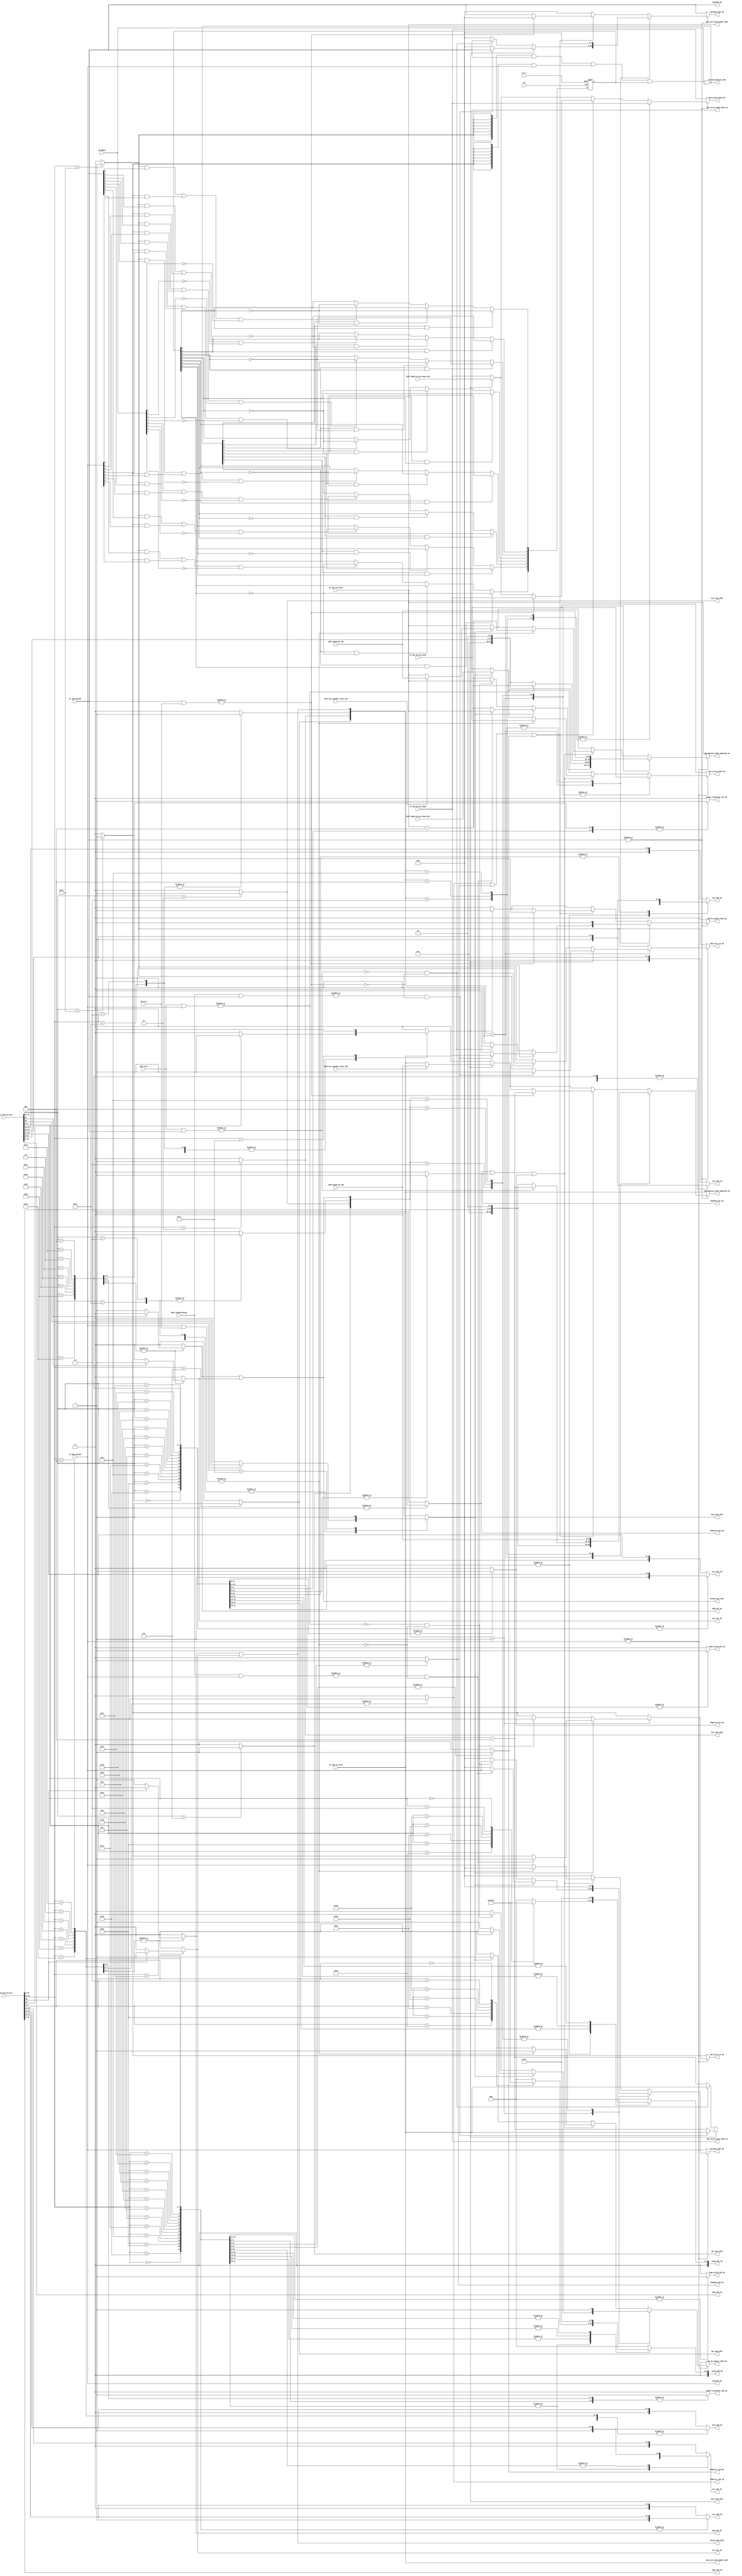
`timescale 1ns/100ps
module Decode(
    input clk,
    input rst_n,//used for generating Warp release signal
    //interface with IF stage
    input [31:0] IF_ID0_Instruction,
    input  [31:0] IF_ID1_Instruction,
    input [7:0] IF_ID0_Active_Mask,
    input [7:0] IF_ID1_Active_Mask,
    input [7:0] IF_ID0_WarpID,
    input [7:0] IF_ID1_WarpID,
    input [31:0] IF_ID0_PC_Plus4,
    input [31:0] IF_ID1_PC_Plus4,
    ///////////////////
    //interface with I-buffer
    input [7:0] IB_Full, //if the signal is 1, it means the i-buffer only has one free location
    input [7:0] IB_Empty,
    //these two signals is selected by I-buffer according to the warp id of the instruction in ID stage currently
    ////////////
	output reg [5:0] Src1_ID0_IB, //rs regsiter address
	output reg [5:0] Src1_ID1_IB,
	output reg [5:0] Src2_ID0_IB,//rt regsiter address
	output reg [5:0] Src2_ID1_IB,
	output reg [5:0] Dst_ID0_IB,//rt/rd register address
	output reg [5:0] Dst_ID1_IB,
	output [15:0] Imme_ID0_IB, //immediate address
	output [15:0] Imme_ID1_IB,
	output reg RegWrite_ID0_IB,//similar signals in pipelined cpu
	output reg RegWrite_ID1_IB,
	output reg MemWrite_ID0_IB,
	output reg MemWrite_ID1_IB,
	output reg MemRead_ID0_IB,//besides using this signal to access the data cache, this signal is also used to select the correct result to write into register file
	output reg MemRead_ID1_IB,
	output reg [3:0] ALUop_ID0_IB,
	output reg [3:0] ALUop_ID1_IB,
	output reg Share_Globalbar_ID0_IB,//indicate the type of lw, sw instruction, the local memory can be accessed by all threads and threads block, the global memory is used to exchange the data between GPU and CPU
	output reg Share_Globalbar_ID1_IB,
	output reg Imme_Valid_ID0_IB,//used to indicate current instruction is a immediate type
	output reg Imme_Valid_ID1_IB,
    output reg BEQ_ID0_IB,
    output reg BEQ_ID1_IB,
    output reg BLT_ID0_IB,
    output reg BLT_ID1_IB,
    //interfacee with SIMT
    input [7:0] SIMT_Full,
    input [7:0] SIMT_TwoMoreVacant,//two-free location will be used when current instruction in ID is a branch.s
    ////////////////////////////
    //the program counter value sent from SIMT when current instruction is return or .s 
    input [31:0] SIMT_Poped_PC_ID0,
    input [31:0] SIMT_Poped_PC_ID1,
    input [7:0] SIMT_Poped_Active_Mask_ID0,
    input [7:0] SIMT_Poped_Active_Mask_ID1,
    output reg [7:0] ID0_Active_Mask_SIMT_IB,//NOTE: the active mask send back to WS has to be seperated from IB when DIV token is poped out from SIMT 
    output reg [7:0] ID1_Active_Mask_SIMT_IB,//The active mask for IB is current instruction's active mask, but the one for WS the the active mask poped out from SIMT
	output reg DotS_ID0_SIMT,
	output reg DotS_ID1_SIMT,
    input SIMT_Div_SyncBar_Token_ID0,//indicate the token popped out from the SIMT is a sync token or div token
    input SIMT_Div_SyncBar_Token_ID1,//to make sure the warp scheduler's pc updated value
    //NOTE:
    //the .s signal is not needed by I-buffer, since the only use of .s for i-buffer is to indicate a branch.s
    //however, for a normal branch signal, the software has to make sure that the divergence should never happen, otherwise, the program failed
    //for a branch.s we can gather the taken result of each thread to judge if it is a branch.s
    //if no divergence occurs, even if the branch is .s, it will not add div token into SIMT, if divergence occurs, the branch must be .s type
	output reg Call_ID0_SIMT,
	output reg Call_ID1_SIMT,
	output reg Ret_ID0_SIMT,
	output reg Ret_ID1_SIMT,
	output Branch_ID0_SIMT,//only needed by SIMT
	output Branch_ID1_SIMT,
    //All above instructions will cause the pop and push operation of the SIMT stack
    ////////////////////////////////////////////////////////////
    ////////////////////////////////////////////////////////////
    //Interface with Warp Scheduler
    output [7:0] ID_Warp_Release_RAU,
    //////////////////////////////////////////////////////////
    //NOTE: the pc+4 which is used to calculate the branch target address is stored in SIMT instead of I-buffer, so that we can avoid the movement of 32bit pc from Ibuffer to operand collector
    //conversely, we store the entry of SIMT where the pc+4 is stored into the instruction buffer, when the instruction comes into ALu, it can fetch out the pc value from SIMT
    //to calculate the target address
    output reg [31:0] ID0_PCplus4_SIMT_UpdatePC_WS,//the pc+4 is use for branch to store pc+4
	output reg [31:0] ID1_PCplus4_SIMT_UpdatePC_WS,
    output reg [31:0] ID0_Call_ReturnAddr_SIMT,//if current instruction is a call, besides updating the pc value to target address, it has push the return address into SIMT, so we need another pin
    output reg [31:0] ID1_Call_ReturnAddr_SIMT,
    //the pc value used for update WS and SIMT share the same pin, since these two things will never happen at the same time
    ////////////////////////////////////////////////////////////////////
    output reg [7:0] ID0_Active_Mask_WS,//this active mask will send to SIMT, IB WS at the same time
    output reg ID0_PC_Update_SIMT_WS,
    output reg ID0_Stall_PC_WS,
    output reg [7:0] WarpID0_SIMT_IB,//WARP ID FOR IB and SIMT
    output [7:0] WarpID0_WS,//the warp ID signal going to I-buffer, Warp scheduler and SIMT
    //second decode unit
    output reg ID1_PC_Update_SIMT_WS,
    output reg [7:0] ID1_Active_Mask_WS,
    output reg ID1_Stall_PC_WS,
    output reg [7:0] WarpID1_SIMT_IB,
    output[7:0] WarpID1_WS
);
    //combinational module
    //its input register is the output register of instruction bram
    ////////////////////////////////////////////////////////
    //Note: for normal branch instruction, it should also stall the pc and let the warp shcheduler wait for the target address, so that it can also allocate a SIMT etry to store the pc+4
    //and release the entry when it comes out from the ALU
    //so if the branch arrives at the ID stage, the SIMT will never be full, the SIMT at least has one free location,
    //in this case, if the SIMT is full after the branch enter the SIMT, it will just activate the stall signal without update signal. not like other structure hazard,
    //since the update value of pc should be the target address
    /////////////////////////////////////////////////////////////////////////
    //NOTE: In ID stage, there is no flush mechanism, since there are two kind of situation to cause a stalling in Warp schedule and flush some junior instruction
    //1. branch in ID, structural hazard after instruction in ID enters into I-buffer or SIMT
    //so in above cases, we don't need to flush the instruction in ID stage
    //and when Branch comes out from WB, since the pc of the warp to which the branch instruction belongs is still locked
    //it is impossible that an intruction in the ID stage with the same warp ID should be flushed
    /////////////////////////////////////////////////////////////////////////
    wire [5:0] Funct_ID0=IF_ID0_Instruction[5:0];
    wire [5:0] Funct_ID1=IF_ID1_Instruction[5:0];
    wire [5:0] Opcode_ID0=IF_ID0_Instruction[31:26];
    wire [5:0] Opcode_ID1=IF_ID1_Instruction[31:26];
    wire [31:0] Jmp_Call_Target_Addr_ID0={2'b00,IF_ID0_Instruction[25:0],2'b00};
    wire [31:0] Jmp_Call_Target_Addr_ID1={2'b00,IF_ID1_Instruction[25:0],2'b00};
    //////////////////////////////////////////////////////////////////////////
    reg Jmp_ID0, Jmp_ID1;
    //NOTE: The EXIT signal is not needed to be transmitted to WS anymore, since we use the ID_ReleaseWarp_WS_RAU signal
    //to notify the WS to release a hw warp
    reg EXIT_ID0_WS, EXIT_ID1_WS;
    //output signal of ID0
    assign Imme_ID0_IB = IF_ID0_Instruction[15:0];
    assign Branch_ID0_SIMT = BEQ_ID0_IB||BLT_ID0_IB;
    assign WarpID0_WS=IF_ID0_WarpID;
    //output signal of ID1
    assign Imme_ID1_IB = IF_ID1_Instruction[15:0];
    assign Branch_ID1_SIMT = BEQ_ID1_IB||BLT_ID1_IB;
    assign WarpID1_WS=IF_ID1_WarpID;
    /////////////////////////////////////
    wire IB_ID0_Full,IB_ID1_Full;//these signals is used to generate structural hazard stall signal,
    assign IB_ID0_Full=|(IF_ID0_WarpID&IB_Full);
    assign IB_ID1_Full=|(IF_ID1_WarpID&IB_Full);
    /////////////////////////////////////
    wire SIMT_ID0_Full, SIMT_ID0_TwoMoreVacant,SIMT_ID1_Full,SIMT_ID1_TwoMoreVacant;
    assign SIMT_ID0_Full=|(SIMT_Full&IF_ID0_WarpID);
    assign SIMT_ID1_Full=|(SIMT_Full&IF_ID1_WarpID);
    assign SIMT_ID0_TwoMoreVacant=|(SIMT_TwoMoreVacant&IF_ID0_WarpID);
    assign SIMT_ID1_TwoMoreVacant=|(SIMT_TwoMoreVacant&IF_ID1_WarpID);
    //////////////////////////////////////////////////
    //flag registers used for starting scheduling a new sw warp
    reg [7:0] Warp_Done_Reg;
    assign ID_Warp_Release_RAU=({8{EXIT_ID0_WS}}&IF_ID0_WarpID|{8{EXIT_ID1_WS}}&IF_ID1_WarpID|Warp_Done_Reg)&IB_Empty;
    //
    integer i;
    always@(posedge clk, negedge rst_n)begin
        if(!rst_n)begin
            Warp_Done_Reg<='b0;
        end else begin
            //when Warp_Done signal is 1 in ID stage, if currently coresponding IB is not empty yet,
            //the flag register should be set to 1, ohterwise it keeps as 0
            for(i=0;i<8;i=i+1)begin
                if((EXIT_ID0_WS&&IF_ID0_WarpID[i]||EXIT_ID1_WS&&IF_ID1_WarpID[i])&&!IB_Empty[i])begin
                    Warp_Done_Reg[i]<=!Warp_Done_Reg[i];
                end
                //if current release of  a warp is caused by the corresponding bit in Warp_Done_Reg, then this bit should be reset to 0 at the next clock
            //however, if the release is casued by current instruction in ID stage, then the corresponding bit of Warp_Done_Reg should keep 0
            //the RAU will record and determine which warp can be released , so the release signal in ID stage can only be activated by one clock
                if(ID_Warp_Release_RAU[i]&&Warp_Done_Reg[i])begin
                    Warp_Done_Reg[i]<=!Warp_Done_Reg[i];
                end else if(ID_Warp_Release_RAU[i]&&!Warp_Done_Reg[i]) begin
                    Warp_Done_Reg[i]<=Warp_Done_Reg[i];
                end
            end
            
        end
    end
    ////////////////////////////////////
    always@(*)begin
        Src1_ID0_IB = {1'b0,IF_ID0_Instruction[25:21]};
        Src2_ID0_IB = {1'b0,IF_ID0_Instruction[20:16]};
        Dst_ID0_IB  = {1'b0,IF_ID0_Instruction[15:11]};
        Src1_ID1_IB = {1'b0,IF_ID1_Instruction[25:21]};
        Src2_ID1_IB = {1'b0,IF_ID1_Instruction[20:16]};
        Dst_ID1_IB  = {1'b0,IF_ID1_Instruction[15:11]};
        RegWrite_ID0_IB='b0;
	    RegWrite_ID1_IB='b0;
	    MemWrite_ID0_IB='b0;
	    MemWrite_ID1_IB='b0;
	    MemRead_ID0_IB='b0;
	    MemRead_ID1_IB='b0;
	    ALUop_ID0_IB='b0;
	    ALUop_ID1_IB='b0;
	    Share_Globalbar_ID0_IB='b0;//indicate the type of lw, sw instruction, the local memory can be accessed by all threads and threads block, the global memory is used to exchange the data between GPU and CPU
	    Share_Globalbar_ID1_IB='b0;
	    Imme_Valid_ID0_IB='b0;//used to indicate current instruction is a immediate type
	    Imme_Valid_ID1_IB='b0;
        DotS_ID0_SIMT='b0;
        DotS_ID1_SIMT='b0;
        BEQ_ID0_IB='b0;
        BEQ_ID1_IB='b0;
        BLT_ID0_IB='b0;
        BLT_ID1_IB='b0;
        Call_ID0_SIMT='b0;
	    Call_ID1_SIMT='b0;
	    Ret_ID0_SIMT='b0;
	    Ret_ID1_SIMT='b0;
        EXIT_ID0_WS='b0;
        EXIT_ID1_WS='b0;
        Jmp_ID0=1'b0;
        Jmp_ID1=1'b0;
        case(Opcode_ID0)
            6'b000_000, 6'b010_000:begin //r_type
                Src1_ID0_IB = {1'b1,IF_ID0_Instruction[25:21]};
                Src2_ID0_IB = {1'b1,IF_ID0_Instruction[20:16]};
                Dst_ID0_IB  = {1'b1,IF_ID0_Instruction[15:11]};
                RegWrite_ID0_IB=1'b1;
                if(Opcode_ID0[4]) DotS_ID0_SIMT=1'b1;
                case(Funct_ID0)
                    6'b100_000: ALUop_ID0_IB=4'b0000;//add
                    6'b100_010: ALUop_ID0_IB=4'b0001;//sub
                    6'b011_000: ALUop_ID0_IB=4'b0010;//mul
                    6'b100_100: ALUop_ID0_IB=4'b0011;//and
                    6'b100_101: ALUop_ID0_IB=4'b0100;//or
                    6'b100_110: ALUop_ID0_IB=4'b0101;//xor
                    6'b000_010: ALUop_ID0_IB=4'b0110;//shr
                    6'b000_000: ALUop_ID0_IB=4'b0111;//shl
                endcase
            end
            6'b001_000, 6'b011_000:begin//addi
                Src1_ID0_IB = {1'b1,IF_ID0_Instruction[25:21]};
                Src2_ID0_IB = {1'b0,IF_ID0_Instruction[20:16]};
                Dst_ID0_IB  = {1'b1,IF_ID0_Instruction[20:16]};
                RegWrite_ID0_IB=1'b1;
                ALUop_ID0_IB=4'b0000;
                if(Opcode_ID0[4]) DotS_ID0_SIMT=1'b1;
                Imme_Valid_ID0_IB=1'b1;
            end
            6'b001_100, 6'b011_100:begin//andi
                Src1_ID0_IB = {1'b1,IF_ID0_Instruction[25:21]};
                Src2_ID0_IB = {1'b0,IF_ID0_Instruction[20:16]};
                Dst_ID0_IB  = {1'b1,IF_ID0_Instruction[20:16]};
                RegWrite_ID0_IB=1'b1;
                ALUop_ID0_IB=4'b0011;
                if(Opcode_ID0[4]) DotS_ID0_SIMT=1'b1;
                Imme_Valid_ID0_IB=1'b1;
            end
            6'b001_101, 6'b011_101:begin//ori
                Src1_ID0_IB = {1'b1,IF_ID0_Instruction[25:21]};
                Src2_ID0_IB = {1'b0,IF_ID0_Instruction[20:16]};
                Dst_ID0_IB  = {1'b1,IF_ID0_Instruction[20:16]};
                RegWrite_ID0_IB=1'b1;
                ALUop_ID0_IB=4'b0100;
                if(Opcode_ID0[4]) DotS_ID0_SIMT=1'b1;
                Imme_Valid_ID0_IB=1'b1;
            end
            6'b001_110, 6'b011_110:begin//xori
                Src1_ID0_IB = {1'b1,IF_ID0_Instruction[25:21]};
                Src2_ID0_IB = {1'b0,IF_ID0_Instruction[20:16]};
                Dst_ID0_IB  = {1'b1,IF_ID0_Instruction[20:16]};
                RegWrite_ID0_IB=1'b1;
                ALUop_ID0_IB=4'b0101;
                if(Opcode_ID0[4]) DotS_ID0_SIMT=1'b1;
                Imme_Valid_ID0_IB=1'b1;
            end
            6'b100_011, 6'b110_011:begin//lw access global memory through data cache
                Src1_ID0_IB = {1'b1,IF_ID0_Instruction[25:21]};
                Src2_ID0_IB = {1'b0,IF_ID0_Instruction[20:16]};
                Dst_ID0_IB  = {1'b1,IF_ID0_Instruction[20:16]};
                RegWrite_ID0_IB=1'b1;
                MemRead_ID0_IB=1'b1;
                if(Opcode_ID0[4]) DotS_ID0_SIMT=1'b1;
            end
            6'b100_111, 6'b110_111:begin//LWS
                Src1_ID0_IB = {1'b1,IF_ID0_Instruction[25:21]};
                Src2_ID0_IB = {1'b0,IF_ID0_Instruction[20:16]};
                Dst_ID0_IB  = {1'b1,IF_ID0_Instruction[20:16]};
                RegWrite_ID0_IB=1'b1;
                MemRead_ID0_IB=1'b1;
                if(Opcode_ID0[4]) DotS_ID0_SIMT=1'b1;
                Share_Globalbar_ID0_IB=1'b1; //access the share memory, namely on-chip memory
            end
            6'b101_011, 6'b111_011:begin//sw access global memory through data cache
                Src1_ID0_IB = {1'b1,IF_ID0_Instruction[25:21]};
                Src2_ID0_IB = {1'b1,IF_ID0_Instruction[20:16]};
                Dst_ID0_IB  = {1'b0,IF_ID0_Instruction[15:11]};
                MemWrite_ID0_IB=1'b1;
                if(Opcode_ID0[4]) DotS_ID0_SIMT=1'b1;
            end
            6'b101_111, 6'b111_111:begin//SWS
                Src1_ID0_IB = {1'b1,IF_ID0_Instruction[25:21]};
                Src2_ID0_IB = {1'b1,IF_ID0_Instruction[20:16]};
                Dst_ID0_IB  = {1'b0,IF_ID0_Instruction[15:11]};
                MemWrite_ID0_IB=1'b1;
                if(Opcode_ID0[4]) DotS_ID0_SIMT=1'b1;
                Share_Globalbar_ID0_IB=1'b1;
            end
            6'b000_100, 6'b010_100, 6'b000_111, 6'b010_111:begin//branch instruction
                Src1_ID0_IB = {1'b1,IF_ID0_Instruction[25:21]};
                Src2_ID0_IB = {1'b1,IF_ID0_Instruction[20:16]};
                Dst_ID0_IB  = {1'b0,IF_ID0_Instruction[15:11]};
                if(Opcode_ID0[0]) BLT_ID0_IB=1'b1;
                else BEQ_ID0_IB=1'b1;
                //
                if(Opcode_ID0[4])  DotS_ID0_SIMT=1'b1;
            end
            6'b000_010, 6'b010_010: begin//jmp
                Jmp_ID0=1'b1;
                //
                if(Opcode_ID0[4])  DotS_ID0_SIMT=1'b1;
            end
            6'b000_011: Call_ID0_SIMT=1'b1; 
            6'b000_110: Ret_ID0_SIMT=1'b1;
            6'b010_001: DotS_ID0_SIMT=1'b1;
            6'b100_001: EXIT_ID0_WS=1'b1;
        endcase
        /////////////////
        //ID 1
        case(Opcode_ID1)
            6'b000_000, 6'b010_000:begin //r_type
                Src1_ID1_IB = {1'b1,IF_ID1_Instruction[25:21]};
                Src2_ID1_IB = {1'b1,IF_ID1_Instruction[20:16]};
                Dst_ID1_IB  = {1'b1,IF_ID1_Instruction[15:11]};
                RegWrite_ID1_IB=1'b1;
                if(Opcode_ID1[4]) DotS_ID1_SIMT=1'b1;
                case(Funct_ID1)
                    6'b100_000: ALUop_ID1_IB=4'b0000;//add
                    6'b100_010: ALUop_ID1_IB=4'b0001;//sub
                    6'b011_000: ALUop_ID1_IB=4'b0010;//mul
                    6'b100_100: ALUop_ID1_IB=4'b0011;//and
                    6'b100_101: ALUop_ID1_IB=4'b0100;//or
                    6'b100_110: ALUop_ID1_IB=4'b0101;//xor
                    6'b000_010: ALUop_ID1_IB=4'b0110;//shr
                    6'b000_000: ALUop_ID1_IB=4'b0111;//shl
                endcase
            end
            6'b001_000, 6'b011_000:begin//addi
                Src1_ID1_IB = {1'b1,IF_ID1_Instruction[25:21]};
                Src2_ID1_IB = {1'b0,IF_ID1_Instruction[20:16]};
                Dst_ID1_IB  = {1'b1,IF_ID1_Instruction[20:16]};
                RegWrite_ID1_IB=1'b1;
                ALUop_ID1_IB=4'b0000;
                if(Opcode_ID1[4]) DotS_ID1_SIMT=1'b1;
                Imme_Valid_ID1_IB=1'b1;
            end
            6'b001_100, 6'b011_100:begin//andi
                Src1_ID1_IB = {1'b1,IF_ID1_Instruction[25:21]};
                Src2_ID1_IB = {1'b0,IF_ID1_Instruction[20:16]};
                Dst_ID1_IB  = {1'b1,IF_ID1_Instruction[20:16]};
                RegWrite_ID1_IB=1'b1;
                ALUop_ID1_IB=4'b0011;
                if(Opcode_ID1[4]) DotS_ID1_SIMT=1'b1;
                Imme_Valid_ID1_IB=1'b1;
            end
            6'b001_101, 6'b011_101:begin//ori
                Src1_ID1_IB = {1'b1,IF_ID1_Instruction[25:21]};
                Src2_ID1_IB = {1'b0,IF_ID1_Instruction[20:16]};
                Dst_ID1_IB  = {1'b1,IF_ID1_Instruction[20:16]};
                RegWrite_ID1_IB=1'b1;
                ALUop_ID1_IB=4'b0100;
                if(Opcode_ID1[4]) DotS_ID1_SIMT=1'b1;
                Imme_Valid_ID1_IB=1'b1;
            end
            6'b001_110, 6'b011_110:begin//xori
                Src1_ID1_IB = {1'b1,IF_ID1_Instruction[25:21]};
                Src2_ID1_IB = {1'b0,IF_ID1_Instruction[20:16]};
                Dst_ID1_IB  = {1'b1,IF_ID1_Instruction[20:16]};
                RegWrite_ID1_IB=1'b1;
                ALUop_ID1_IB=4'b0101;
                if(Opcode_ID1[4]) DotS_ID1_SIMT=1'b1;
                Imme_Valid_ID1_IB=1'b1;
            end
            6'b100_011, 6'b110_011:begin//lw
                Src1_ID1_IB = {1'b1,IF_ID1_Instruction[25:21]};
                Src2_ID1_IB = {1'b0,IF_ID1_Instruction[20:16]};
                Dst_ID1_IB  = {1'b1,IF_ID1_Instruction[20:16]};
                RegWrite_ID1_IB=1'b1;
                MemRead_ID1_IB=1'b1;
                if(Opcode_ID1[4]) DotS_ID1_SIMT=1'b1;
            end
            6'b100_111, 6'b110_111:begin//LWS
                Src1_ID1_IB = {1'b1,IF_ID1_Instruction[25:21]};
                Src2_ID1_IB = {1'b0,IF_ID1_Instruction[20:16]};
                Dst_ID1_IB  = {1'b1,IF_ID1_Instruction[20:16]};
                RegWrite_ID1_IB=1'b1;
                MemRead_ID1_IB=1'b1;
                if(Opcode_ID1[4]) DotS_ID1_SIMT=1'b1;
                Share_Globalbar_ID1_IB=1'b1; //access the shared memory, namely data cache
            end
            6'b101_011, 6'b111_011:begin//sw
                Src1_ID1_IB = {1'b1,IF_ID1_Instruction[25:21]};
                Src2_ID1_IB = {1'b1,IF_ID1_Instruction[20:16]};
                Dst_ID1_IB  = {1'b0,IF_ID1_Instruction[15:11]};
                MemWrite_ID1_IB=1'b1;
                if(Opcode_ID1[4]) DotS_ID1_SIMT=1'b1;
            end
            6'b101_111, 6'b111_111:begin//SWS
                Src1_ID1_IB = {1'b1,IF_ID1_Instruction[25:21]};
                Src2_ID1_IB = {1'b1,IF_ID1_Instruction[20:16]};
                Dst_ID1_IB  = {1'b0,IF_ID1_Instruction[15:11]};
                MemWrite_ID1_IB=1'b1;
                if(Opcode_ID1[4]) DotS_ID1_SIMT=1'b1;
                Share_Globalbar_ID1_IB=1'b1;
            end
            6'b000_100, 6'b010_100, 6'b000_111, 6'b010_111:begin//branch instruction
                Src1_ID1_IB = {1'b1,IF_ID1_Instruction[25:21]};
                Src2_ID1_IB = {1'b1,IF_ID1_Instruction[20:16]};
                Dst_ID1_IB  = {1'b0,IF_ID1_Instruction[15:11]};
                if(Opcode_ID1[0]) BLT_ID1_IB=1'b1;
                else BEQ_ID1_IB=1'b1;
                //
                if(Opcode_ID1[4])  DotS_ID1_SIMT=1'b1;
            end
            6'b000_010, 6'b010_010: begin//jmp
                Jmp_ID1=1'b1;
                //
                if(Opcode_ID1[4])  DotS_ID1_SIMT=1'b1;
            end
            6'b000_011: Call_ID1_SIMT=1'b1; 
            6'b000_110: Ret_ID1_SIMT=1'b1;
            6'b010_001: DotS_ID1_SIMT=1'b1;
            6'b100_001: EXIT_ID1_WS=1'b1;
        endcase

    end
    ///////////////////////////////////////////////////////////////
    //combinaitonal logic for generating stall, update signal
    always@(*)begin
        WarpID0_SIMT_IB=IF_ID0_WarpID;
        WarpID1_SIMT_IB=IF_ID1_WarpID;
        //when ID update occurs, it means structural hazard happens, so we should make the warp ID for SIMT and IB to all zeros
        //and keep the warp ID for WS to update the pc of corresponding Warp
        ///////////////////////////////////
        ID0_PCplus4_SIMT_UpdatePC_WS=IF_ID0_PC_Plus4;
        ID1_PCplus4_SIMT_UpdatePC_WS=IF_ID1_PC_Plus4;
        ID0_PC_Update_SIMT_WS='b0;
        ID0_Stall_PC_WS=EXIT_ID0_WS;//by default, if the isntruction in ID is a exit instruction, then activate the stall signal
        //so that the request to priority resolver will be set to zero, and the pc_valid will be locked, instruciton after the exit will be flushed in IF stage
        ID1_PC_Update_SIMT_WS='b0;
        ID1_Stall_PC_WS=EXIT_ID1_WS;
        ID0_Active_Mask_SIMT_IB=IF_ID0_Active_Mask;
        ID1_Active_Mask_SIMT_IB=IF_ID1_Active_Mask;
        ID0_Active_Mask_WS=IF_ID0_Active_Mask;
        ID1_Active_Mask_WS=IF_ID1_Active_Mask;
        ////////////////////////////////
        ID0_Call_ReturnAddr_SIMT=IF_ID0_PC_Plus4;
        ID1_Call_ReturnAddr_SIMT=IF_ID1_PC_Plus4;
        ////////////////////////////////
        //ID0
        //if current instruction in ID stage is a branch, we first think about the structural hazard
        //if this hazard doesn't happen, then we think about if it is .s instruction
        if(|IF_ID0_WarpID)begin//At first make sure the instruction in ID stage is not flushed, then we think about different situation for generating stall and update signal
            case({Ret_ID0_SIMT,Call_ID0_SIMT,Jmp_ID0,Branch_ID0_SIMT})
                4'b0001:begin//branch instruction
                    if(DotS_ID0_SIMT)begin//branch.s requires two free locations in SIMT
                        if(SIMT_ID0_TwoMoreVacant&&!IB_ID0_Full)begin//if the SIMT and Ibuffer can accomodate this branch, then we stall the pc in WS
                            ID0_Stall_PC_WS=1'b1;//let the ws wait for the branch coming out from the WB stage
                        end else begin//otherwise recover the pc and replay the instruction
                            ID0_PC_Update_SIMT_WS=1'b1;
                            ID0_PCplus4_SIMT_UpdatePC_WS=IF_ID0_PC_Plus4-4;
                            //if structural hazard occurs, then clean the warp id so that the instruction to be repalyed will not enter into IB and SIMT
                            WarpID0_SIMT_IB=8'b0000_0000;
                        end
                    end else begin//if it is a normal beq instruction, then just require one free location in SIMT to store PC
                        if(!SIMT_ID0_Full&&!IB_ID0_Full)begin
                            ID0_Stall_PC_WS=1'b1;//let the ws wait for the branch comes out from the WB stage
                        end else begin//structural hazard, replay
                            ID0_PC_Update_SIMT_WS=1'b1;
                            ID0_PCplus4_SIMT_UpdatePC_WS=IF_ID0_PC_Plus4-4;
                            WarpID0_SIMT_IB=8'b0000_0000;
                        end
                    end
                end
                4'b0010:begin//jmp instruciton
                    ID0_PC_Update_SIMT_WS=1'b1;
                    ID0_PCplus4_SIMT_UpdatePC_WS=Jmp_Call_Target_Addr_ID0;
                    WarpID0_SIMT_IB=8'b0000_0000;//NOTE: if instruction itself doesn't enter into IB, we also clean all warp ID bits
                end
                4'b0100:begin//call instruction
                    ID0_PC_Update_SIMT_WS=1'b1;
                    WarpID0_SIMT_IB=8'b0000_0000;
                    if(SIMT_ID0_Full)begin//check if the SIMT is full, Since it want to push the return address into SIMT
                        ID0_PCplus4_SIMT_UpdatePC_WS=IF_ID0_PC_Plus4-4;//replay
                    end else begin
                        ID0_PCplus4_SIMT_UpdatePC_WS=Jmp_Call_Target_Addr_ID0;
                    end
                end
                4'b1000:begin//return instruction
                    ID0_PC_Update_SIMT_WS=1'b1;
                    ID0_PCplus4_SIMT_UpdatePC_WS=SIMT_Poped_PC_ID0;
                    WarpID0_SIMT_IB=8'b0000_0000;
                end
                default:begin//check if a structural hazard occurs
                    if(MemWrite_ID0_IB||MemRead_ID0_IB||RegWrite_ID0_IB)begin//instructions which have to enter into IB
                        if(IB_ID0_Full)begin
                            ID0_PC_Update_SIMT_WS=1'b1;
                            ID0_PCplus4_SIMT_UpdatePC_WS=IF_ID0_PC_Plus4-4;
                            WarpID0_SIMT_IB=8'b0000_0000;
                        end else if(DotS_ID0_SIMT) begin//if it is a .s instruction, pop out the DIV token in SIMT
                            ID0_PC_Update_SIMT_WS=1'b1;
                            ID0_Active_Mask_WS=SIMT_Poped_Active_Mask_ID0;
                            if(SIMT_Div_SyncBar_Token_ID0)begin//DIV
                                ID0_PCplus4_SIMT_UpdatePC_WS=SIMT_Poped_PC_ID0;
                            end 
                            //NOTE: if the popped-out token is a sync, then we should not change the pc value, in this case
                            //since we have to update the active mask, so we set the pc update value to pc+4
                            //if the popped-out token is a DIV, then the pc value to be updated should be one from the SIMT
                        end
                    end else begin//EXIT or NOOP
                        WarpID0_SIMT_IB=8'b0000_0000;
                        if(DotS_ID0_SIMT)begin//NOOP.s
                            ID0_PC_Update_SIMT_WS=1'b1;
                            ID0_Active_Mask_WS=SIMT_Poped_Active_Mask_ID0;
                            if(SIMT_Div_SyncBar_Token_ID0)begin//DIV
                                ID0_PCplus4_SIMT_UpdatePC_WS=SIMT_Poped_PC_ID0;
                            end 
                        end
                    end
                end
            endcase     
        end

        ////////////////////
        //ID1
        if(|IF_ID1_WarpID)begin//At first make sure the instruction in ID stage is not flushed, then we think about different situation for generating stall and update signal
            case({Ret_ID1_SIMT,Call_ID1_SIMT,Jmp_ID1,Branch_ID1_SIMT})
                4'b0001:begin//branch instruction
                    if(DotS_ID1_SIMT)begin//branch.s requires two free locations in SIMT
                        if(SIMT_ID1_TwoMoreVacant&&!IB_ID1_Full)begin//if the SIMT and Ibuffer can accomodate this branch, then we stall the pc in WS
                            ID1_Stall_PC_WS=1'b1;//let the ws wait for the branch coming out from the WB stage
                        end else begin//otherwise recover the pc and replay the instruction
                            ID1_PC_Update_SIMT_WS=1'b1;
                            ID1_PCplus4_SIMT_UpdatePC_WS=IF_ID1_PC_Plus4-4;
                            //if structural hazard occurs, then clean the warp id so that the instruction to be repalyed will not enter into IB and SIMT
                            WarpID1_SIMT_IB=8'b0000_0000;
                        end
                    end else begin//if it is a normal beq instruction, then just require one free location in SIMT to store PC
                        if(!SIMT_ID1_Full&&!IB_ID1_Full)begin
                            ID1_Stall_PC_WS=1'b1;//let the ws wait for the branch comes out from the WB stage
                        end else begin//structural hazard, replay
                            ID1_PC_Update_SIMT_WS=1'b1;
                            ID1_PCplus4_SIMT_UpdatePC_WS=IF_ID1_PC_Plus4-4;
                            WarpID1_SIMT_IB=8'b0000_0000;
                        end
                    end
                end
                4'b0010:begin//jmp instruciton
                    ID1_PC_Update_SIMT_WS=1'b1;
                    ID1_PCplus4_SIMT_UpdatePC_WS=Jmp_Call_Target_Addr_ID1;
                    WarpID1_SIMT_IB=8'b0000_0000;//NOTE: if instruction itself doesn't enter into IB, we also clean all warp ID bits
                end
                4'b0100:begin//call instruction
                    ID1_PC_Update_SIMT_WS=1'b1;
                    WarpID1_SIMT_IB=8'b0000_0000;
                    if(SIMT_ID1_Full)begin//check if the SIMT is full, Since it want to push the return address into SIMT
                        ID1_PCplus4_SIMT_UpdatePC_WS=IF_ID1_PC_Plus4-4;//replay
                    end else begin
                        ID1_PCplus4_SIMT_UpdatePC_WS=Jmp_Call_Target_Addr_ID1;
                    end
                end
                4'b1000:begin//return instruction
                    ID1_PC_Update_SIMT_WS=1'b1;
                    ID1_PCplus4_SIMT_UpdatePC_WS=SIMT_Poped_PC_ID1;
                    WarpID1_SIMT_IB=8'b0000_0000;
                end
                default:begin//check if a structural hazard occurs
                    if(MemWrite_ID1_IB||MemRead_ID1_IB||RegWrite_ID1_IB)begin//instructions which have to enter into IB
                        if(IB_ID1_Full)begin
                            ID1_PC_Update_SIMT_WS=1'b1;
                            ID1_PCplus4_SIMT_UpdatePC_WS=IF_ID1_PC_Plus4-4;
                            WarpID1_SIMT_IB=8'b0000_0000;
                        end else if(DotS_ID1_SIMT) begin//if it is a .s instruction, pop out the DIV token in SIMT
                            ID1_PC_Update_SIMT_WS=1'b1;
                            ID1_Active_Mask_WS=SIMT_Poped_Active_Mask_ID1;
                            if(SIMT_Div_SyncBar_Token_ID1)begin
                                ID1_PCplus4_SIMT_UpdatePC_WS=SIMT_Poped_PC_ID1;
                            end
                        end
                    end else begin//EXIT or NOOP
                        WarpID1_SIMT_IB=8'b0000_0000;
                        if(DotS_ID1_SIMT)begin//NOOP.s
                            ID1_PC_Update_SIMT_WS=1'b1;
                            ID1_Active_Mask_WS=SIMT_Poped_Active_Mask_ID1;
                            if(SIMT_Div_SyncBar_Token_ID1)begin
                                ID1_PCplus4_SIMT_UpdatePC_WS=SIMT_Poped_PC_ID1;
                            end
                        end
                    end
                end
            endcase     
        end
    end
endmodule